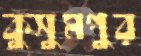
কুসুমপুর